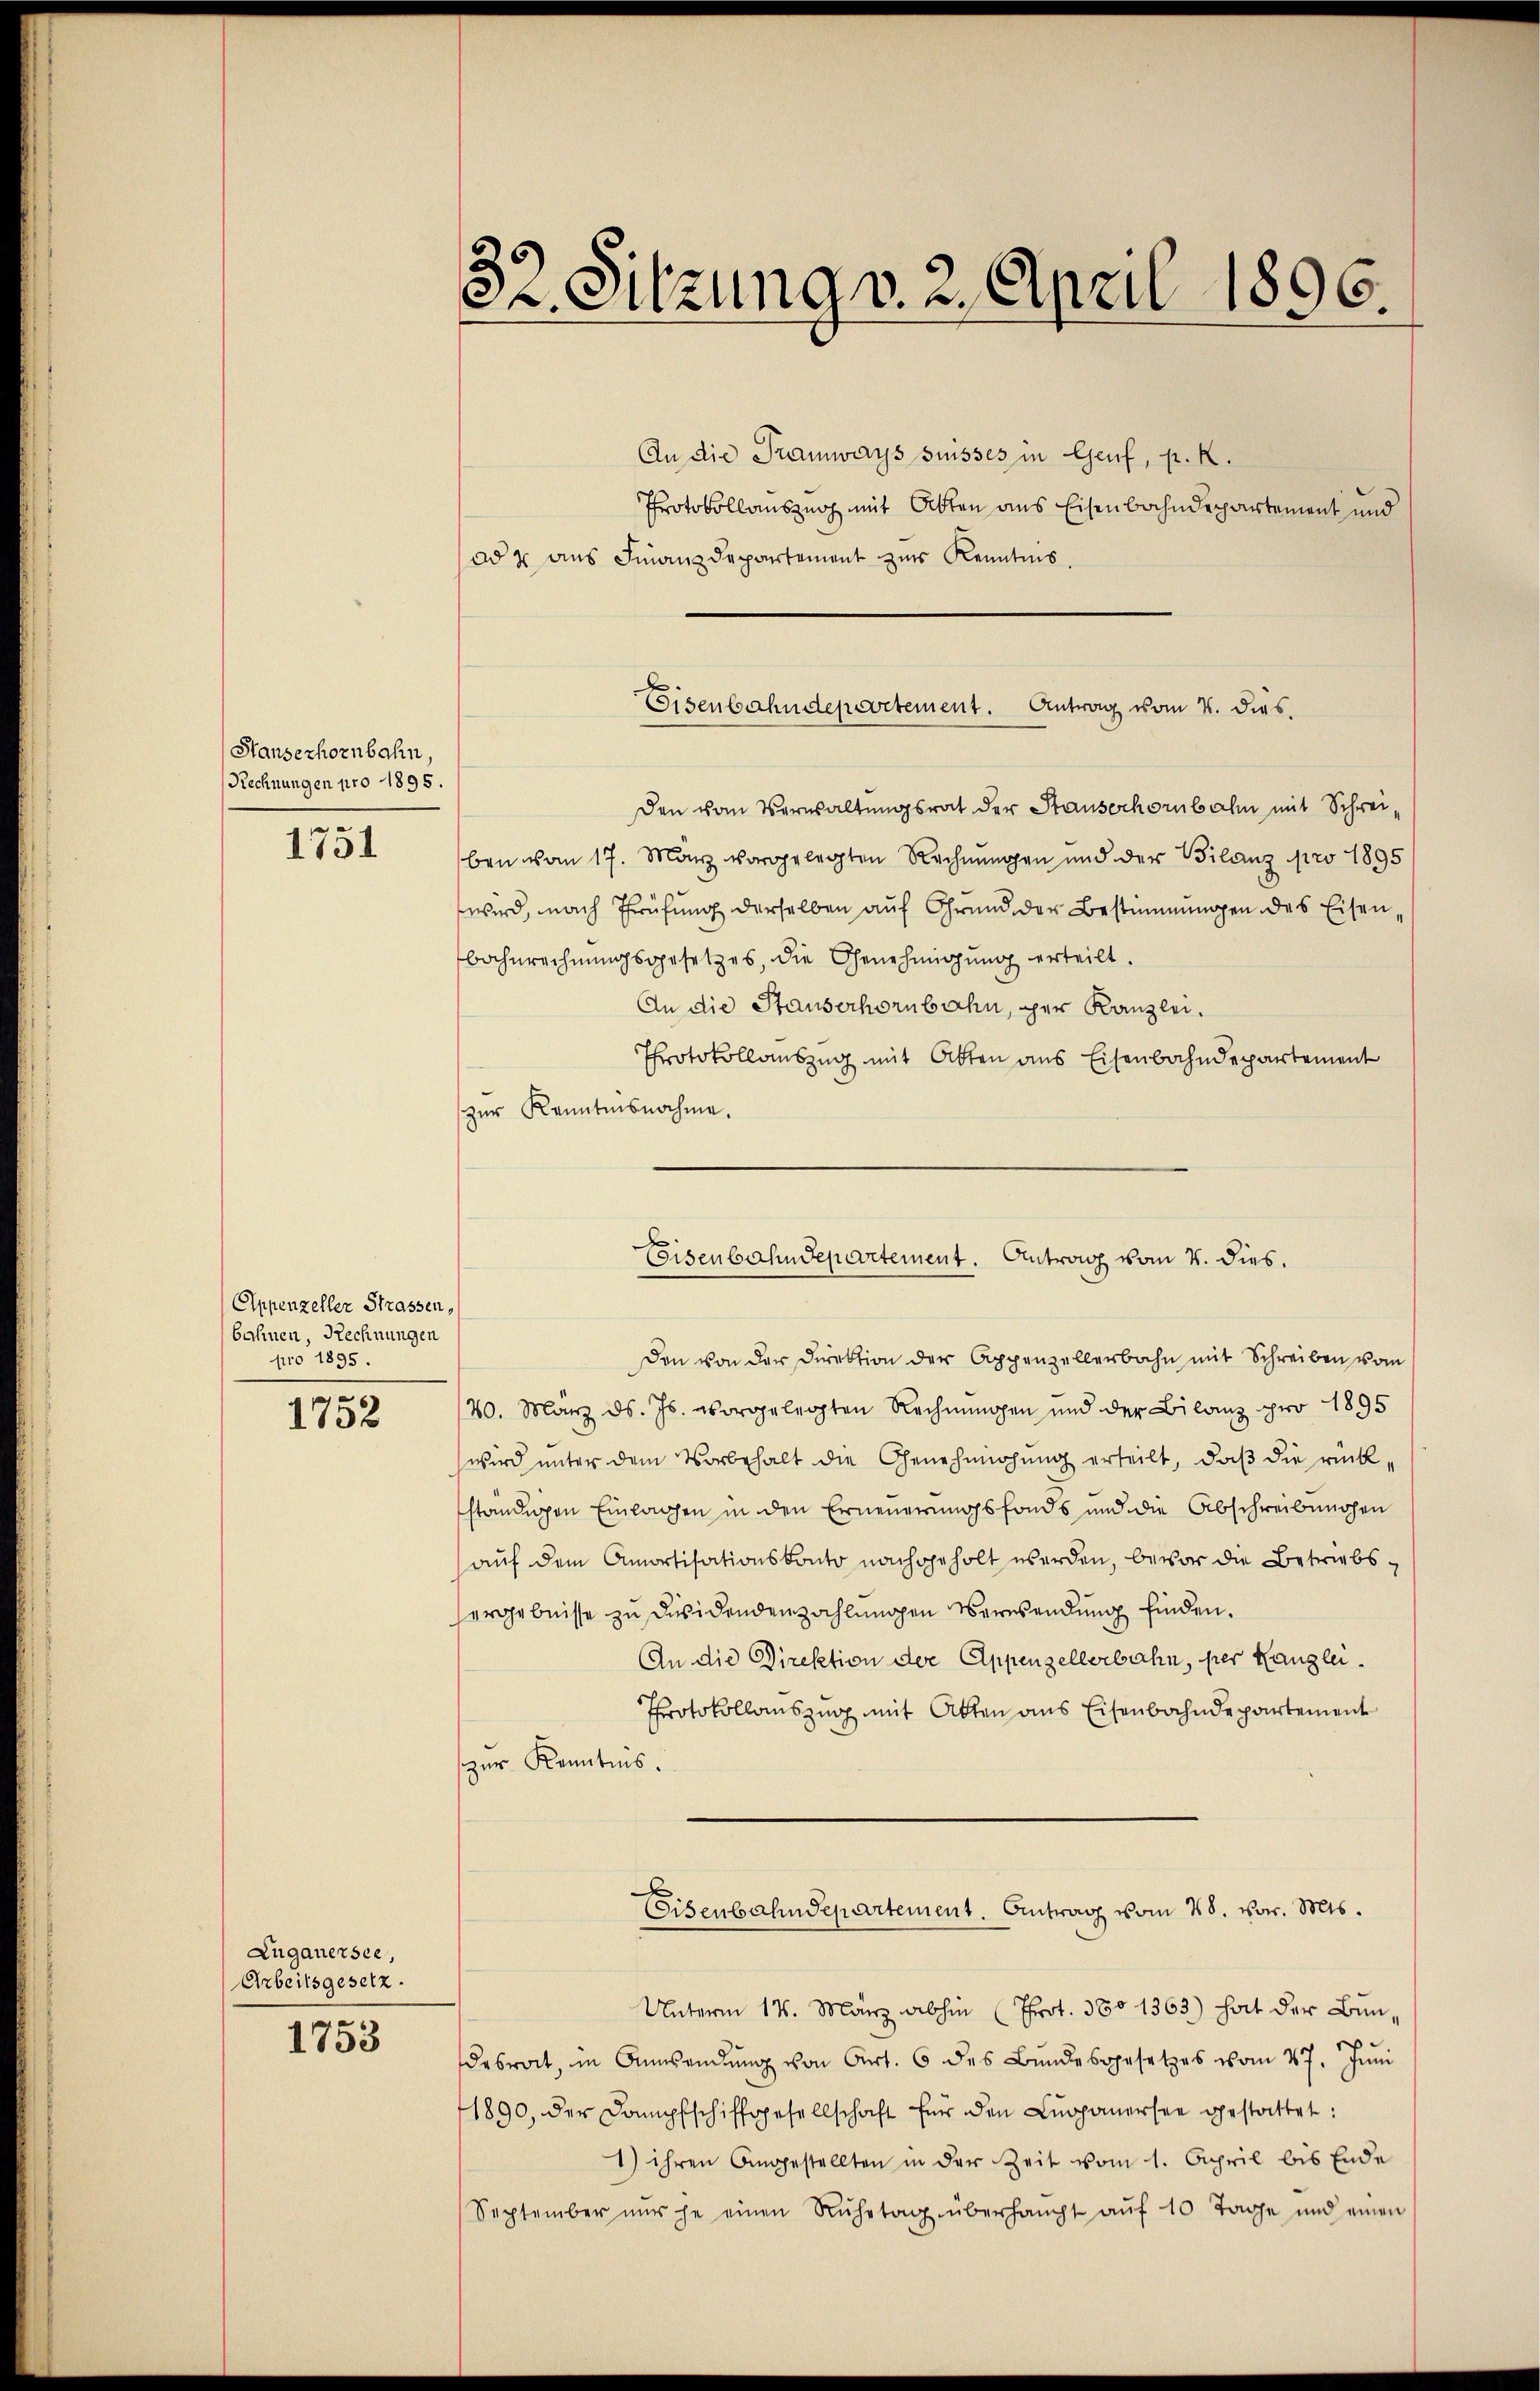
Hauserhornbahn,
Rechnungen pro 1895.
1751

Appenzeller Strassen,
bahnen, Rechnungen
pro 1895.

1752

Lugauersee,
Arbeitsgesetz.
1753

32. Sitzung v. 2. April 1896.

An die Tramways suisses in Genf, p. K.
Protokollauszug mit Atten aus Eisenbahndepartement und
ad & aus Finanzdepartement zur Kenntnis.
Den vom Verwaltungsrat der Stauserhornbahn mit Schreiben von 17. März vorgelegten Rechnungen und der Bilanz pro 1895
wird, nach Prüfung derselben auf Grund der Bestimmungen des Eisenbahnrechnŭngsgesetzes, die Genehmigŭng erteilt.
An die Stauserhornbahn, per Kanzlei.
Protokollauszug mit Atten aus Eisenbahndepartement
zur Kenntnisnahme.
Den von der Direktion der Appenzellerbahn mit Schreiben vom
20. März d. Js. vorgelegten Rechnungen und der Bilanz pro 1895
wird unter dem Vorbehalt die Genehmigung erteilt, daß die rückständigen Einlagen in den Erneuerungsfonds und die Abschreibungen
auf dem Amortisationskonto nachgeholt werden, bevor die Betriebsergebnisse zu desidendenzahlungen Verwendung finden.
An die Direktion der Appenzellerbahn, per Kanzlei.
Protokollauszug mit Atten aus Eisenbahndepartement
zur Kenntnis.
Eisenbahndepartement. Antrag vom 28. Nov. Mts.
Unterm 17. März abhin (Prot. 380 1363) hat der Bundesrat, in Anwendŭng von Art. 6 des Bŭndesgesetzes vom 27. Jŭni
1890, der Dampfschiffgesellschaft für den Luganersee gestattet:
1) ihren Angestellten in der Zeit vom 1. April bis Ende
September nŭr je einen Ruhetag überhaupt aŭf 10 Tage und einen

Eisenbahndepartement. Antrag vom 2. dies.

Eisenbahndepartement. Antrag vom 4. dies.